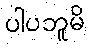
ပါပဘူမိ